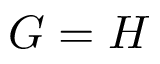
G = H